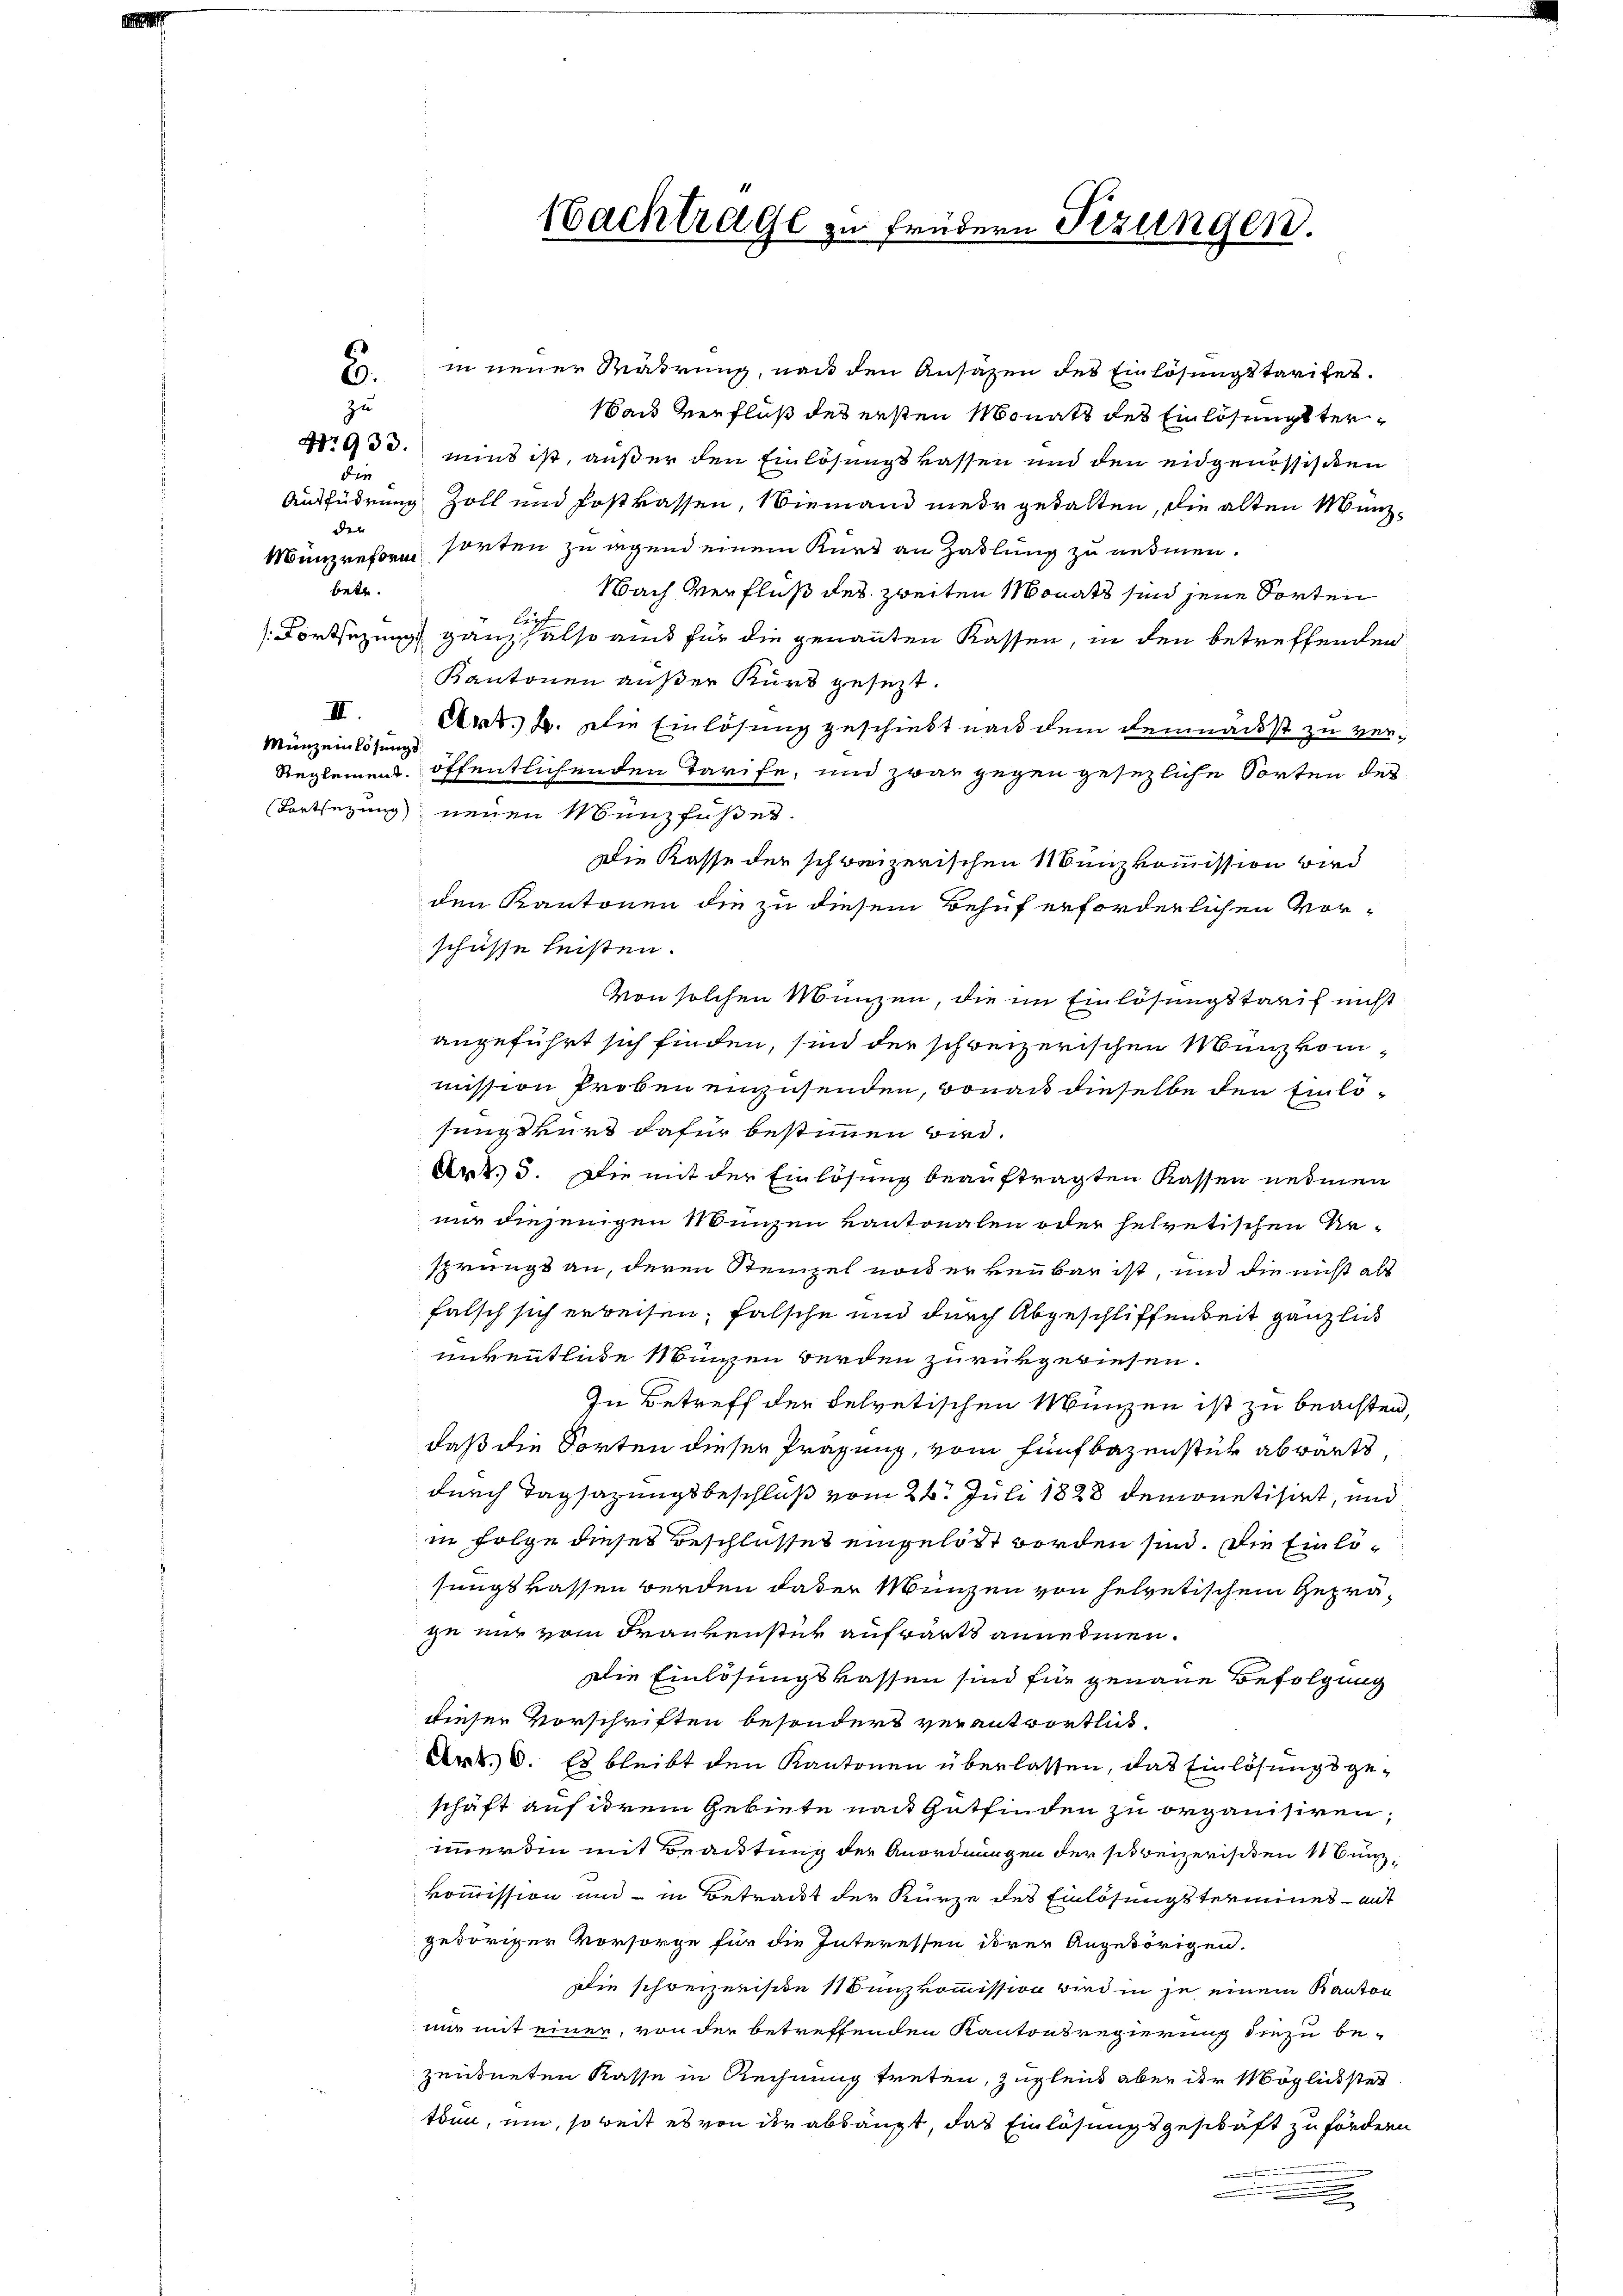
zu
d

Nachtrage zu früdern Sitzungen.

70. in neuer Währung, nach den Ansäzen des Einlösungstarifes.
Nach Verfluß des ersten Monats des Einlösungster¬
No 933. ins ist, außer den Einlösungskassen und den eidgenössischen
Ausführung Zoll und Postkassen, Niemand mehr gehalten, die alten Münzder |
Münzreßen hörten zu legend einem Kurt an Zahlung zu nehmen.
bett.
Nach Verfluß des zweiten Monats sind jene Sorten
lief
Fortsetzung ganz also aus für die genannten Kassen, in den betreffenden
Kantonen außer Kurs gesezt.
III.
Art. 2. Die Einlösung geschiedt nach dem demnächst zu ver¬
Münz einlösungs
Reglemens öffentlichenden Tarife, und zwar gegen gesezliche Sorten des
Fortsetzung neuen Menzfußes.
Die Kasse der schweizerischen Münzkommission wird
den Kantonen die zu diesem Behuf erforderlichen Vorschüsse leisten.
von solchen Münzen, die im Einlösungstarif nicht
angeführt sich finden, sind der schweizerischen Münzkommission Proben einzusenden, donau dieselbe den Einlösungskurs dafür bestimmen wird.
Art. 3. Die mit der Einlösung beauftragten Kassen nehmen
nur diejenigen Münzen vantonalen oder helvetischen Resprungs an, deren Steinzel noch erkenbar ist, und die nicht als
falsch sich erweisen, falsche und durch Abgeschliffenheit gänzlich
unkentliche Münzen werden zurükgewiesen.
In Betreff der helvetischen Menzen ist zu beachten
daß die Sorten dieser Präsung, vom fünfbazenstük abwärts,
durch Tagsazungsbeschluß vom 24. Juli 1828 demonetisirt, und
in Folge dieses Beschlosses eingelöst worden sind. Die Einlösungskassen werden daher Münzen von helvetischem Gepräzu mir vom Frankenstück aufwärts annehmen.
Die Einlösungskassen sind für genaue Befolgung
dieser Vorschriften besondert verantwortlich
Art. 6. Es bleibt den Kantonen überlassen, das Einlösungsgeschäft auf ihrem Gebiete nach Gutfinden zu organisiren,
immerdin mit Beachtung der Anordnungen der schweizerischen Bunkommission und in Betract der Kürze des Einlösungstermines - mit
gevoriger Vorsorge für die Interessen ihrer Angehörigen.
Die schreizerische 11 Bunzkommission wird in je einem Kanton
mir mit einer, von der betreffenden Kantonsregierung diezu be-
zeudneten Kasse in Rechnung treten, zugleich aber der Möglichstei
tbun, um, so weit es von der abhängt, das Einlösungsgeschaft zu fördern
e